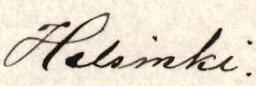
Helsinki.